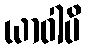
ယာဝါပိ